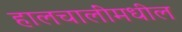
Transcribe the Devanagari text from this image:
हालचालींमधील